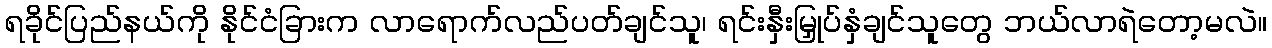
ရခိုင်ပြည်နယ်ကို နိုင်ငံခြားက လာရောက်လည်ပတ်ချင်သူ၊ ရင်းနှီးမြှုပ်နှံချင်သူတွေ ဘယ်လာရဲတော့မလဲ။